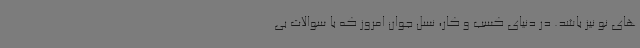
های نو نیز باشد. در دنیای کسب و کار، نسل جوان امروز که با سوالات بی